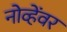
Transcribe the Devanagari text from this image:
नोव्हेंवर